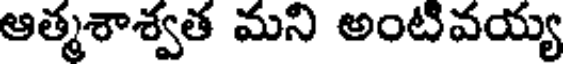
ఆత్మశాశ్వత మని అంటివయ్య